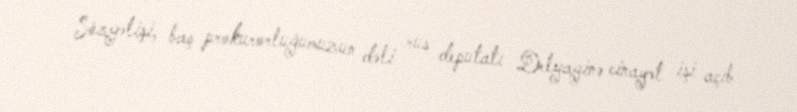
Sözgəlişi, baş prokurorluğumuzun dəli rus deputatı Delyaginə cinayət işi açıb